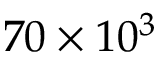
7 0 \times 1 0 ^ { 3 }